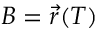
B = { \vec { r } } ( T )